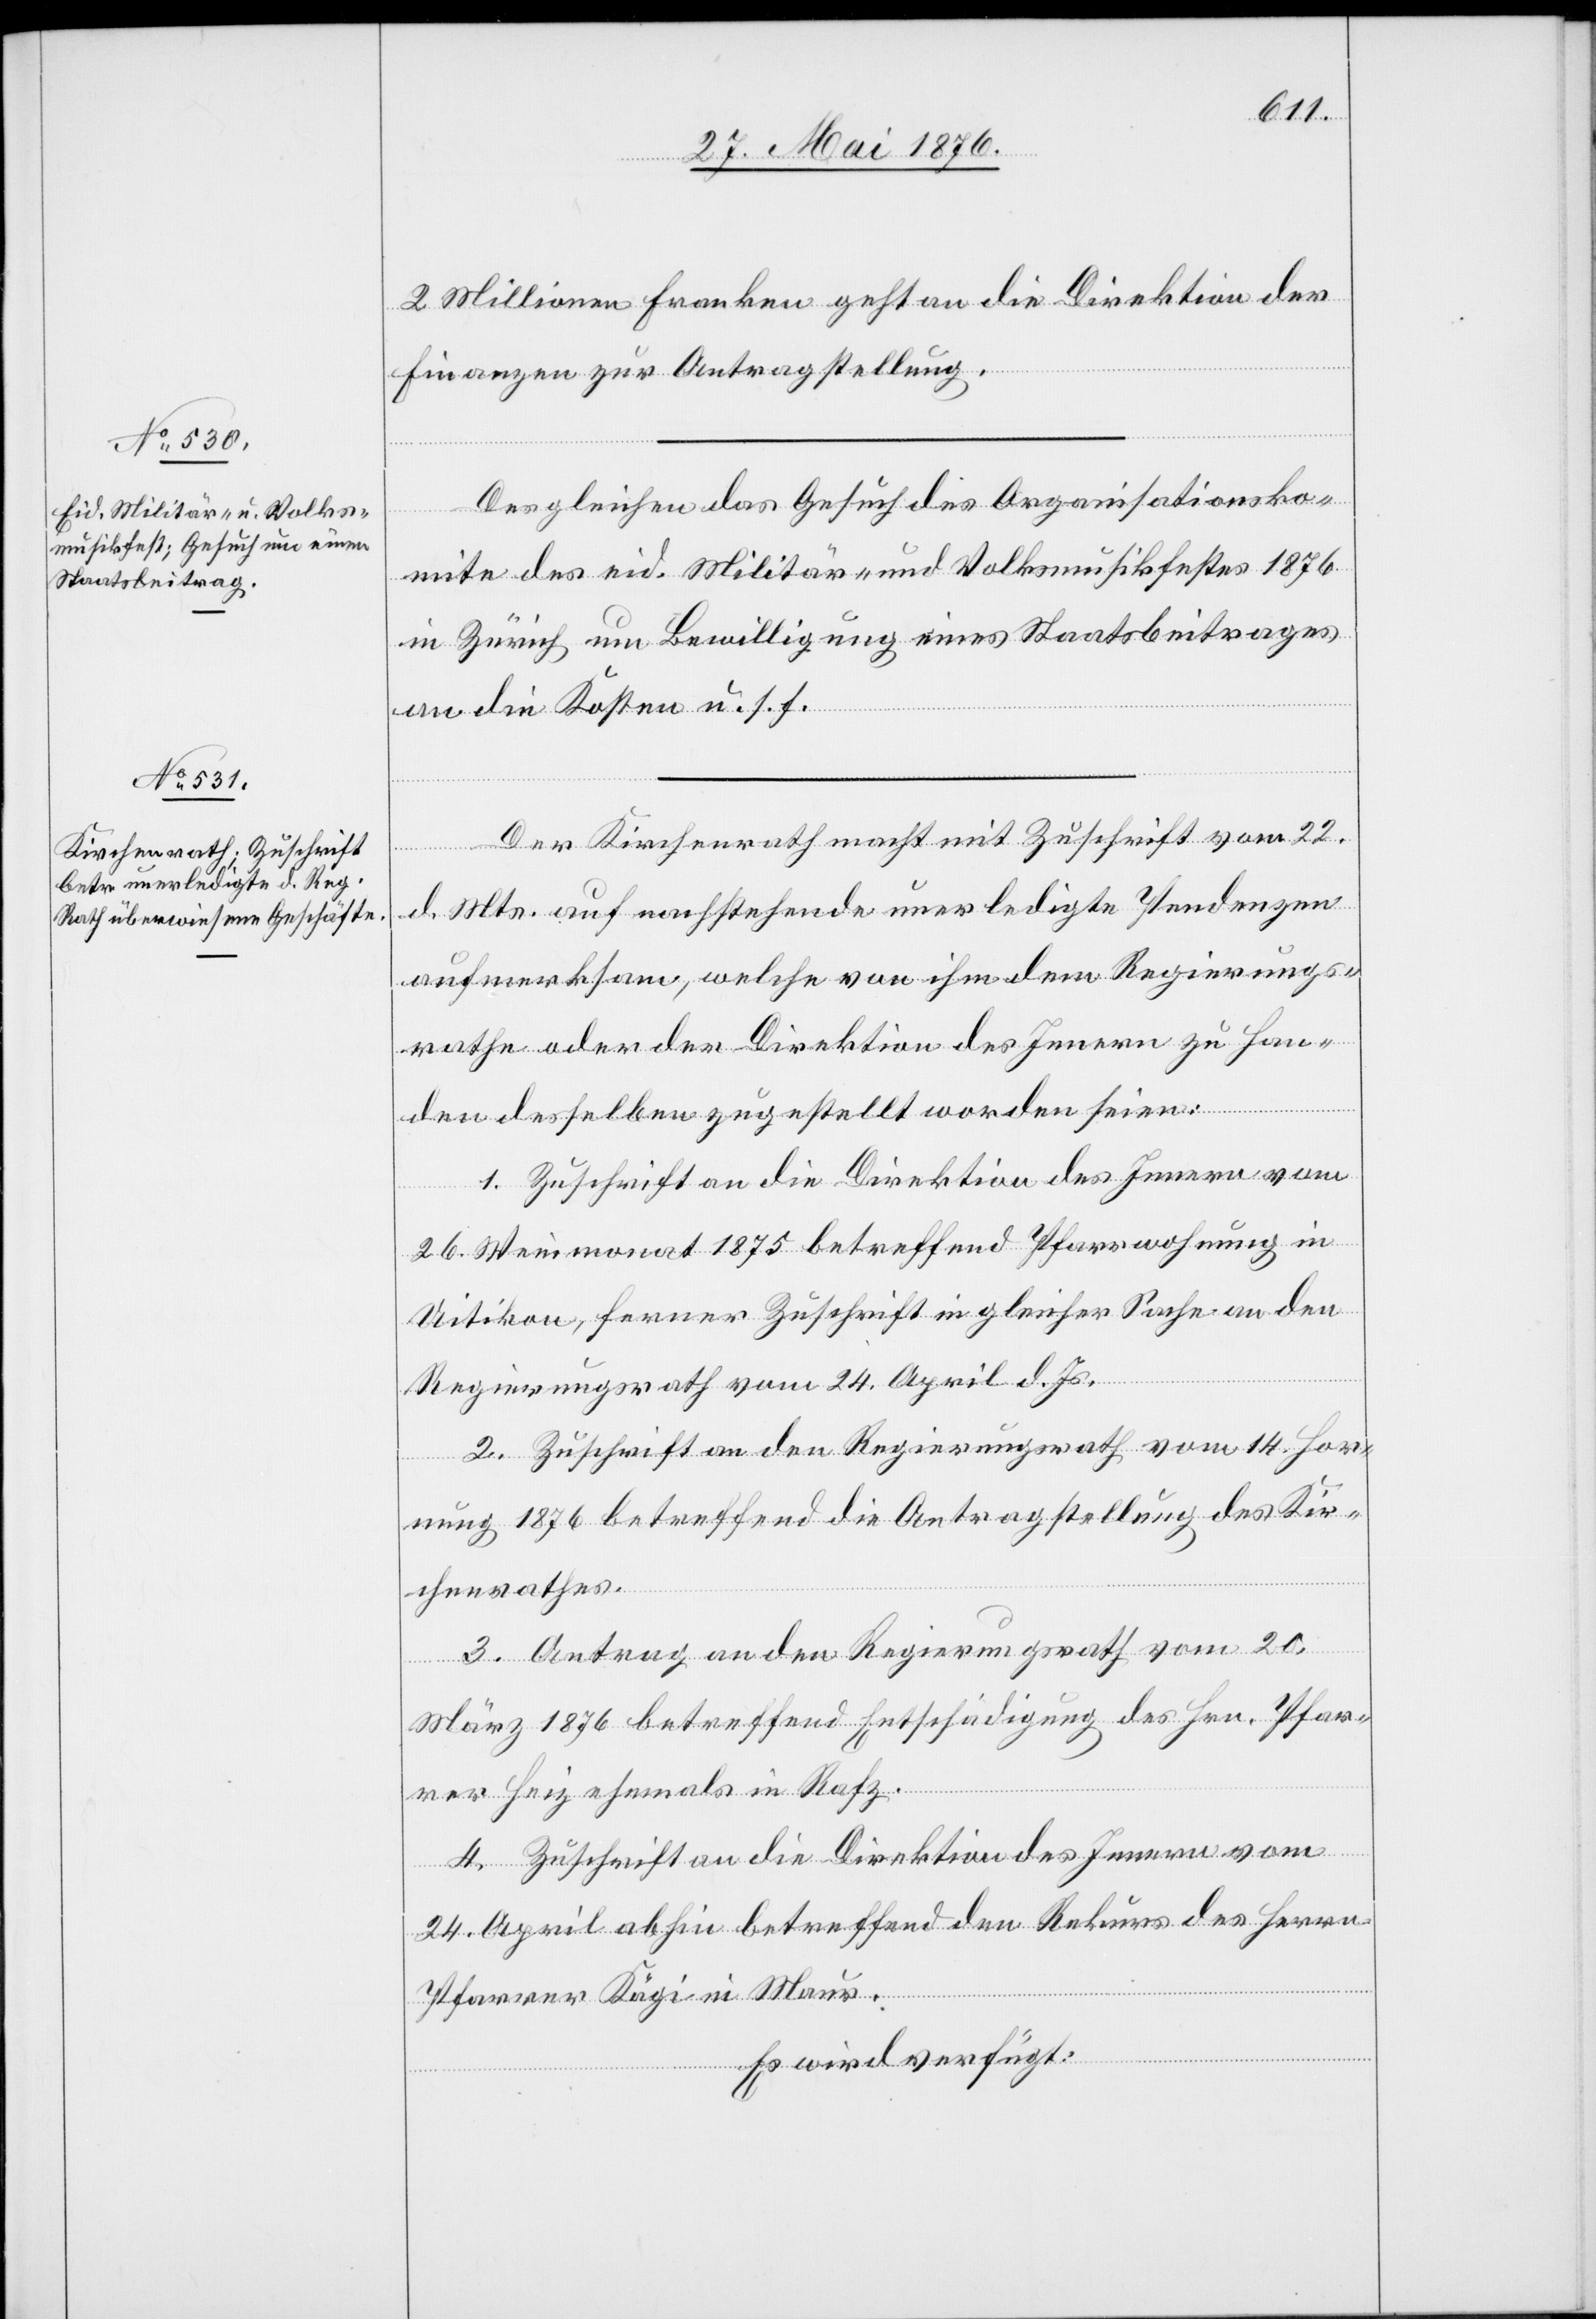
31. Mai 1876.]
2 Millionen Franken geht an die Direktion der
Finanzen zur Antragstellung.
Des gleichen das Gesuch des Organisationsko¬
mite des eid. Militär- und Volksmusikfestes 1876
in Zürich um Bewilligung eines Staatsbeitrages
an die Kosten u. s. f.
Der Kirchenrath macht mit Zuschrift vom 22.
d. Mts. auf nachstehende unerledigte Pendenzen
aufmerksam, welche von ihm dem Regierungs¬
rathe oder der Direktion des Innern zu Han¬
den desselben zugestellt worden seien:
1. Zuschrift an die Direktion des Innern vom
26. Weinmonat 1875 betreffend Pfarrwohnung in
Uitikon, ferner Zuschrift in gleicher Sache an den
Regierungsrath vom 24. April d. Js.
2. Zuschrift an den Regierungsrath vom 14. Hor¬
nung 1876 betreffend die Antragstellung des Kir¬
chenrathes.
3. Antrag an den Regierungsrath vom 20.
März 1876 betreffend Entschädigung des Hrn. Pfar¬
rer Heiz ehemals in Rafz.
4. Zuschrift an die Direktion des Innern vom
24. April abhin betreffend den Rekurs des Herrn
Pfarrer Kägi in Maur.
Es wird verfügt: